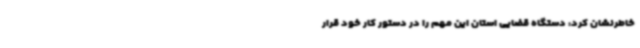
خاطرنشان کرد: دستگاه قضایی استان این مهم را در دستور کار خود قرار